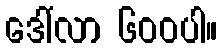
ဒေါ်လာ ၆၀၀ပါ။